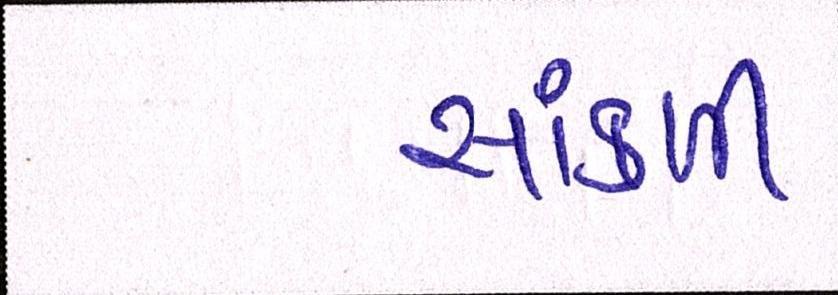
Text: સાંકળી